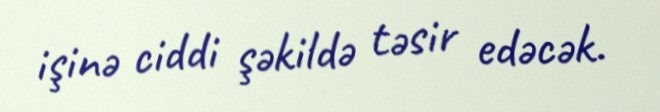
işinə ciddi şəkildə təsir edəcək.